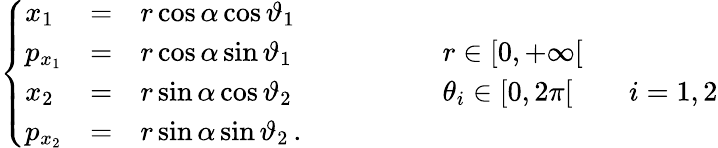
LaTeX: \left\{ \begin{array}{lcll}{x_{1}}&{=}&{r\cos\alpha\cos\vartheta_{1}}&{}\\ {p_{x_{1}}}&{=}&{r\cos\alpha\sin\vartheta_{1}}&{\qquad\qquad r\in[0,+\infty[}\\ {x_{2}}&{=}&{r\sin\alpha\cos\vartheta_{2}}&{\qquad\qquad\theta_{i}\in[0,2\pi[\qquad i=1,2}\\ {p_{x_{2}}}&{=}&{r\sin\alpha\sin\vartheta_{2}\, .}&{}\end{array}\right.